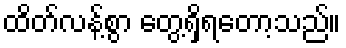
ထိတ်လန့်စွာ တွေ့ရှိရတော့သည်။